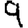
Digit: 9